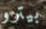
بيترو